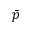
\bar { p }